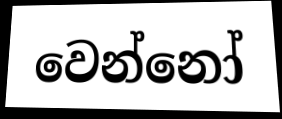
වෙන්නෝ